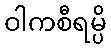
ဝါကစီရမ္ပိ